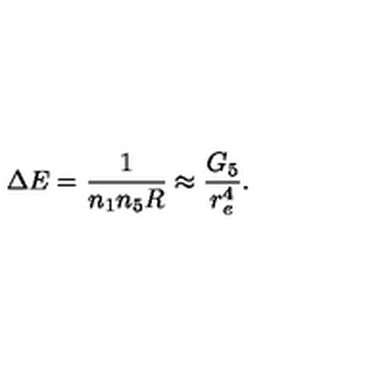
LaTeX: \Delta E = \frac { 1 } { n _ { 1 } n _ { 5 } R } \approx \frac { G _ { 5 } } { r _ { e } ^ { 4 } } .